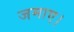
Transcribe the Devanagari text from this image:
जमाए।